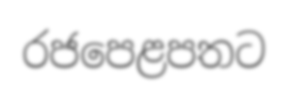
රජපෙළපතට